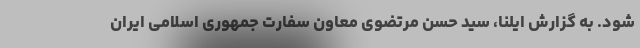
شود. به گزارش ایلنا، سید حسن مرتضوی معاون سفارت جمهوری اسلامی ایران